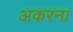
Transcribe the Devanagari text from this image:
अकरना